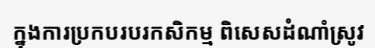
ក្នុងការប្រកបរបរកសិកម្ម ពិសេសដំណាំស្រូវ